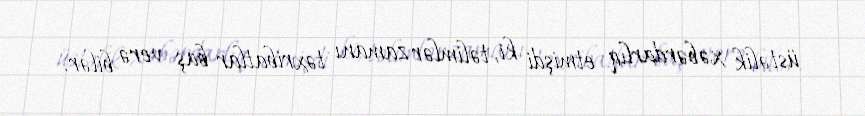
üstəlik xəbərdarlıq etmişdi ki, təlimlər zamanı təxribatlar baş verə bilər.